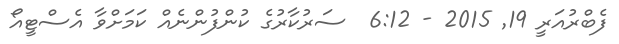
ފެބްރުއަރީ 19